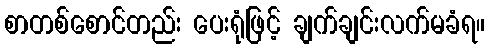
စာတစ်စောင်တည်း ပေးရုံဖြင့် ချက်ချင်းလက်မခံရ။